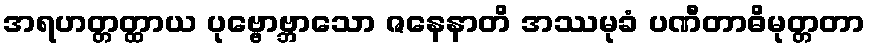
အရဟတ္တတ္ထာယ ပုဗ္ဗောဗ္ဘာသော ဇနေနာတိ အဿမုခံ ပဏီတာဓိမုတ္တတာ